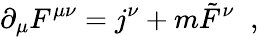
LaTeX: \partial_{\mu}F^{\mu\nu}=j^{\nu}+m\tilde{F}^{\nu}\; \; ,